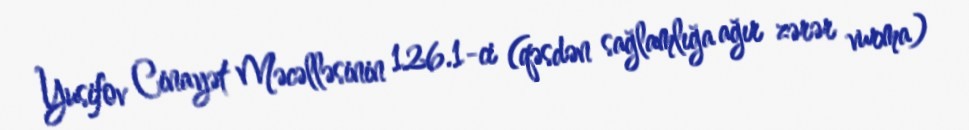
Yusifov Cinayət Məcəlləsinin 126.1-ci (qəsdən sağlamlığa ağır zərər vurma)